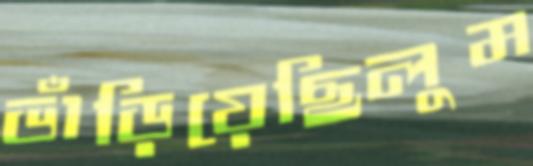
ভাঁড়িয়েছিলুম